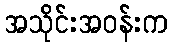
အသိုင်းအဝန်းက